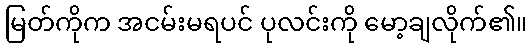
မြတ်ကိုက အငမ်းမရပင် ပုလင်းကို မော့ချလိုက်၏။